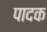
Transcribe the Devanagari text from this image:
पादक